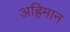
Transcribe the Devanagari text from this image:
अह्रिमान